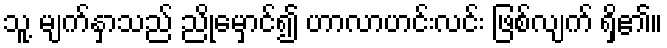
သူ့ မျက်နှာသည် ညိုမှောင်၍ ဟာလာဟင်းလင်း ဖြစ်လျက် ရှိ၏။